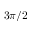
3 \pi / 2